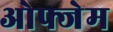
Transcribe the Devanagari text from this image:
ओफ्जेम